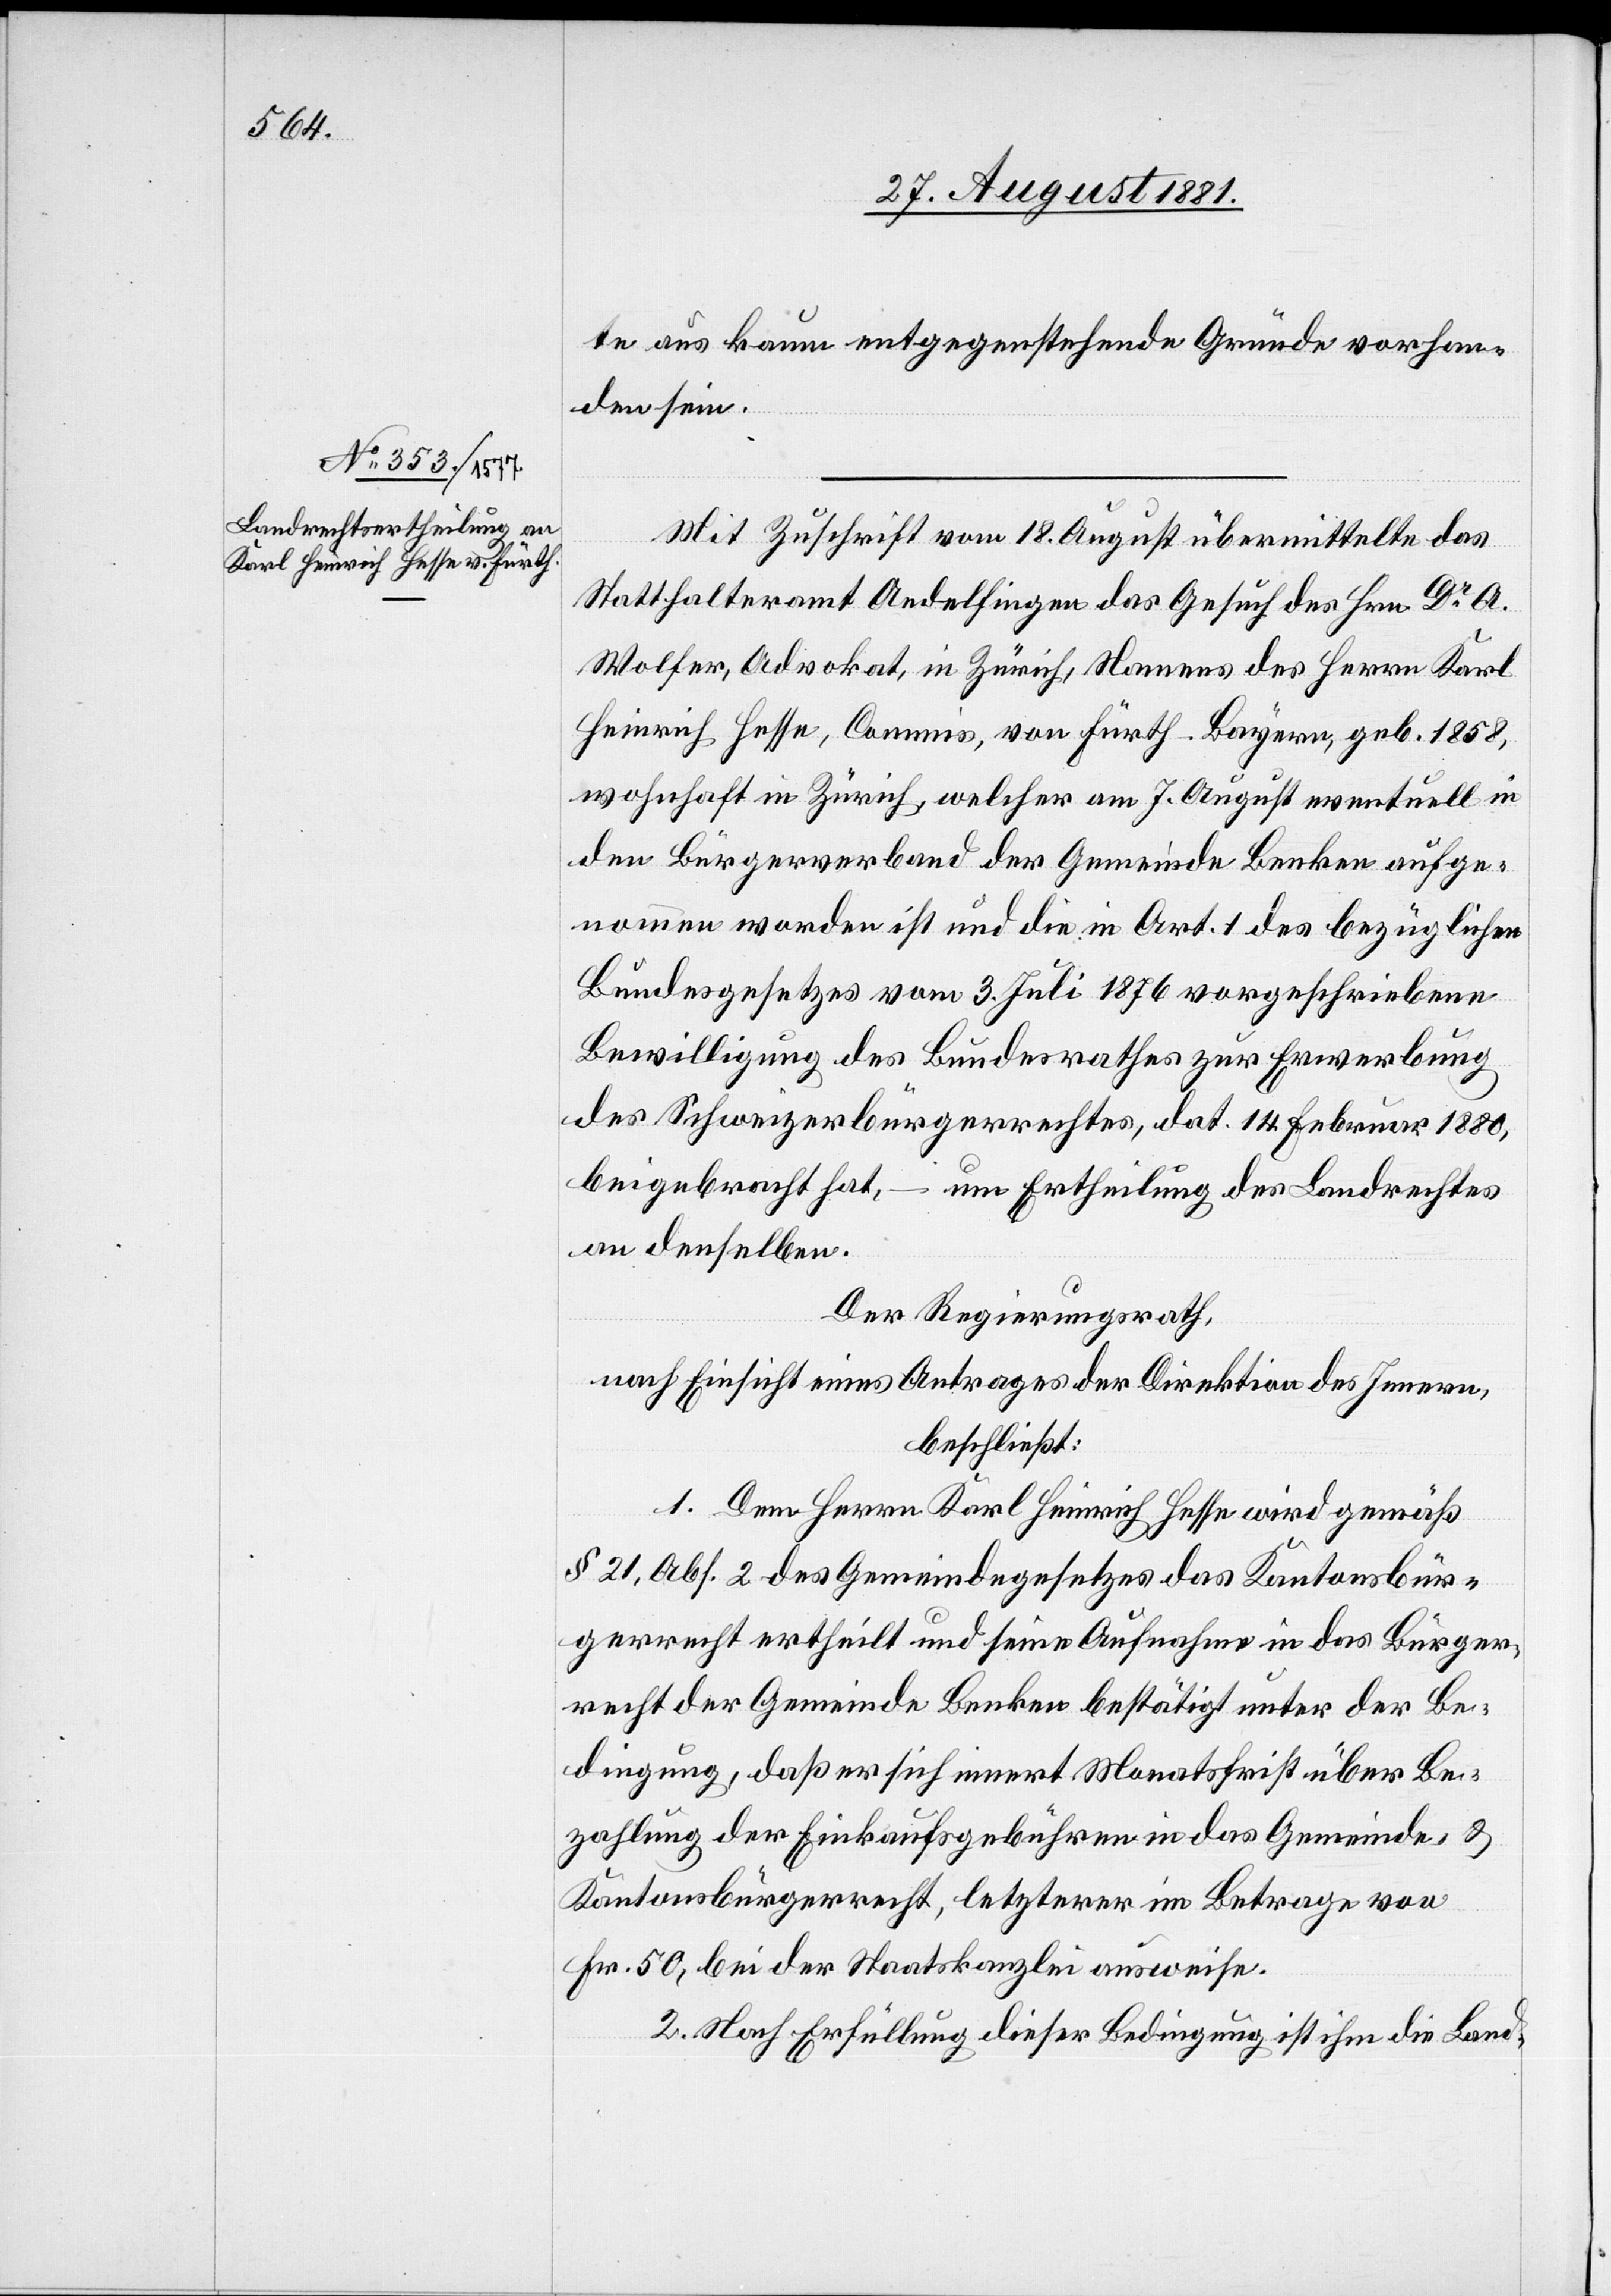
te aus kaum entgegenstehende Gründe vorhan¬
den sein.
ger¬
Mit Zuschrift vom 18. August übermittelte das
Statthalteramt Andelfingen das Gesuch des Hrn. Dr A.
Wolfer, Advokat, in Zürich, Namens des Herrn Karl
Heinrich Hesse, Commis, von Fürth - Bayern, geb. 1858,
wohnhaft in Zürich, welcher am 7. August eventuell in
den Bürgerverband der Gemeinde Benken aufge¬
nommen worden ist und die in Art. 1 des bezüglichen
Bundesgesetzes vom 3. Juli 1876 vorgeschriebene
Bewilligung des Bundesrathes zur Erwerbung
des Schweizerbürgerrechtes, dat. 14. Februar 1880,
beigebracht hat, – um Ertheilung des Landrechtes
an denselben.
Der Regierungsrath,
nach Einsicht eines Antrages der Direktion des Innern,
beschließt:
1. Dem Herren Karl Heinrich Hesse wird gemäß
§ 21, Abs. 2 des Gemeindegesetzes das Kantonsbür¬
recht der Gemeinde Benken bestätigt unter der Be¬
dingung, daß er sich innert Monatsfrist über Be¬
zahlung der Einkaufsgebühren in das Gemeinde- &
Kantonsbürgerrecht, letzterer im Betrage von
Fr. 50, bei der Staatskanzlei ausweise.
2. nach Erfüllung dieser Bedingung ist ihm die Land-